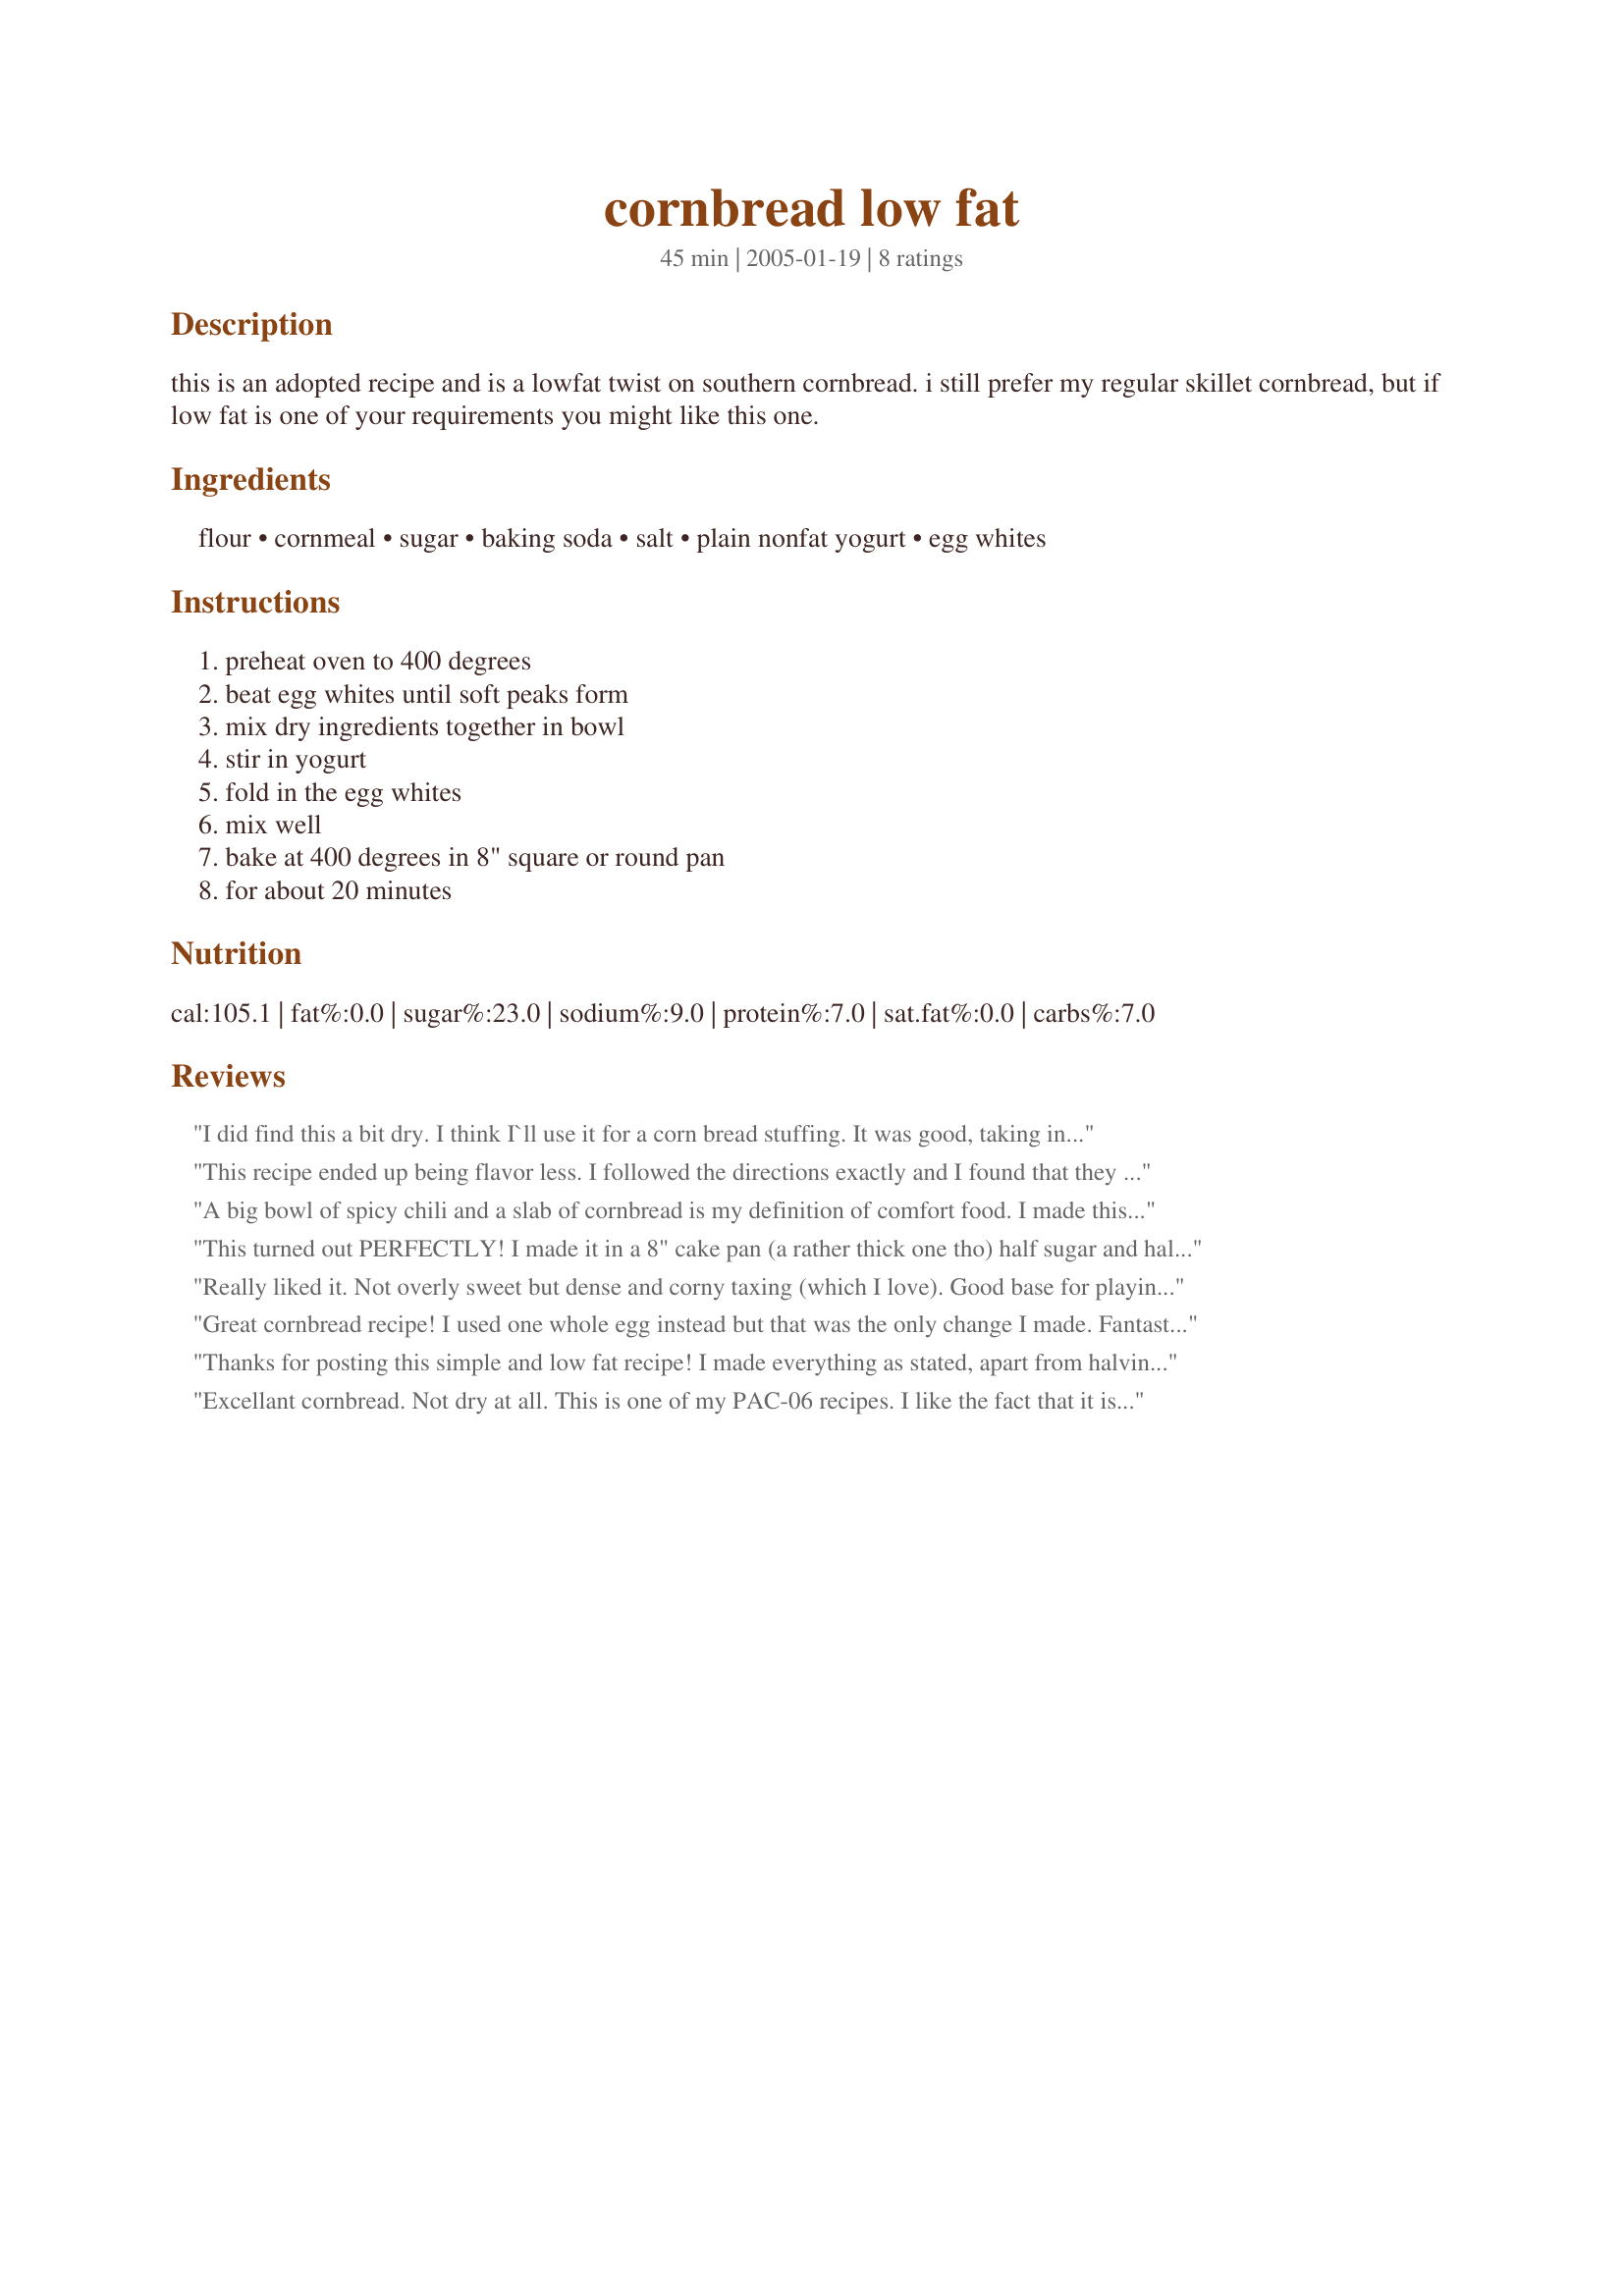
cornbread low fat
Preparation time: 45 minutes

this is an adopted recipe and is a lowfat twist on southern cornbread. i still prefer my regular skillet cornbread, but if low fat is one of your requirements you might like this one.

Ingredients:
flour, cornmeal, sugar, baking soda, salt, plain nonfat yogurt, egg whites

Steps:
preheat oven to 400 degrees, beat egg whites until soft peaks form, mix dry ingredients together in bowl, stir in yogurt, fold in the egg whites, mix well, bake at 400 degrees in 8" square or round pan, for about 20 minutes

Reviews:
I did find this a bit dry. I think I`ll use it for a corn bread stuffing.
 It was good, taking into consideration it`s very low in fat. I just see many putting slabs of butter on it. I did make it in my iron skillet. Maybe to moisten it add some veggies like diced onions, or peppers. I`d say cheese but that defeats the purpose of low almost no fat recipe.
This recipe ended up being flavor less. I followed the directions exactly and I found that they weren't sweet enough and they were kind of bland. I prefer a sweeter cornbread, and was hoping that this would be a good low fat alternative to the recipe that I use most often.
A big bowl of spicy chili and a slab of cornbread is my definition of comfort food. I made this using whole wheat flour as that was all I had at the moment; to compensate, as experience tells me it absorbs a little more liquid than all purpose flour, I added an extra tablespoon of yogurt to my half batch. Prepared mine in a preheated cast iron skillet and was rewarded with a low rise bread with a crispy exterior and dense and chewy interior. Just perfect for sopping up my chili. Thanks! Made for PAC 2008.
This turned out PERFECTLY! I made it in a 8" cake pan (a rather thick one tho) half sugar and half splenda. I made this in a convection oven so I baked the bread at 375 for about 30 min. I'm throwing out my other cornbread recipes right now. Thank you! [made for photo tag]
Really liked it. Not overly sweet but dense and corny taxing (which I love). Good base for playing with. Next time I will add a little corn, jalapenos, and chili powder.
Great cornbread recipe! I used one whole egg instead but that was the only change I made. Fantastic dense cornbread with the perfect amount of crumb! 

Thanks for sharing!

Thanks for posting this simple and low fat recipe! I made everything as stated, apart from halving the recipe. It makes a nice cornbread with a crusty outside and a dense inside. the only thing I found a little confusing was that it says egg white in the list of ingredients and egg substitute in the directions. I used real egg white and added it as steted together with the yoghurt.
Excellant cornbread. Not dry at all. This is one of my PAC-06 recipes. I like the fact that it is lowfat too. Thanks Susie :)
